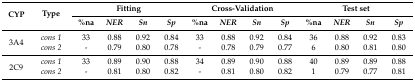
| <ROWSPAN=2> CYP | <ROWSPAN=2> Type | <COLSPAN=4> Fitting | <COLSPAN=4> Cross-Validation | <COLSPAN=4> Test set |
 | %na | NER | Sn | Sp | %na | NER | Sn | Sp | %na | NER | Sn | Sp |
 | --- | --- | --- | --- | --- | --- | --- | --- | --- | --- | --- | --- | --- | --- |
 | <ROWSPAN=2> 3A4 | cons 1 | 33 | 0.88 | 0.92 | 0.84 | 33 | 0.88 | 0.92 | 0.84 | 36 | 0.88 | 0.92 | 0.83 |
 | cons 2 | - | 0.79 | 0.80 | 0.78 | - | 0.78 | 0.79 | 0.77 | 6 | 0.80 | 0.81 | 0.80 |
 | <ROWSPAN=2> 2C9 | cons 1 | 33 | 0.89 | 0.90 | 0.88 | 34 | 0.89 | 0.90 | 0.88 | 40 | 0.89 | 0.89 | 0.88 |
 | cons 2 | - | 0.81 | 0.80 | 0.82 | - | 0.81 | 0.80 | 0.82 | 1 | 0.79 | 0.77 | 0.81 |